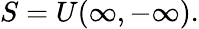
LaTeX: S=U(\infty,-\infty).